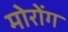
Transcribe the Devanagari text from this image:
मोरोंग